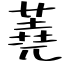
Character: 蕘